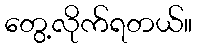
တွေ့လိုက်ရတယ်။